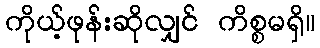
ကိုယ့်ဖုန်းဆိုလျှင် ကိစ္စမရှိ။